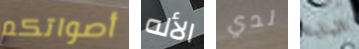
أصواتكم الأله لدي البابا